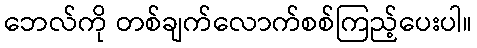
ဘေလ်ကို တစ်ချက်လောက်စစ်ကြည့်ပေးပါ။